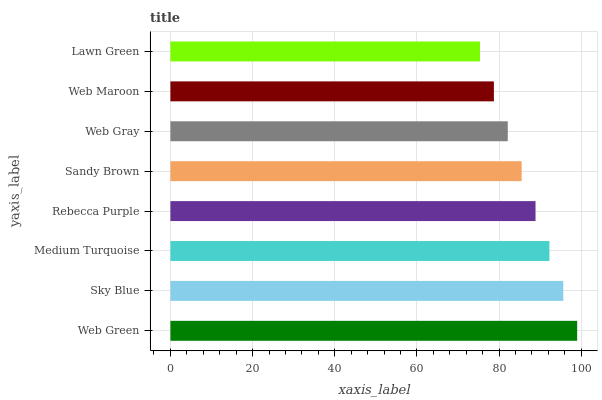
| yaxis_label | bars |
 | --- | --- |
 | Web Green | 99 |
 | Sky Blue | 95.6 |
 | Medium Turquoise | 92.2 |
 | Rebecca Purple | 88.9 |
 | Sandy Brown | 85.5 |
 | Web Gray | 82.1 |
 | Web Maroon | 78.7 |
 | Lawn Green | 75.4 |